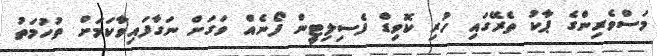
މަސްވެރިންގެ ޕާކު ތެރޭގައި ހުރި ކޮވިޑް ފެސިލިޓީން ފޯނެއް ވަގަށް ނަގާފައިވާކަމަށް ތުހުމަތު